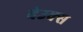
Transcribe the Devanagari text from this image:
बेउक्स